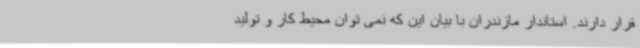
قرار دارند. استاندار مازندران با بیان این که نمی توان محیط کار و تولید